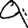
Digit: 9